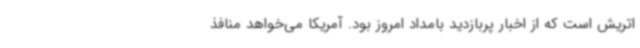
اتریش است که از اخبار پربازدید بامداد امروز بود. آمریکا می‌خواهد منافذ